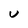
Character: U